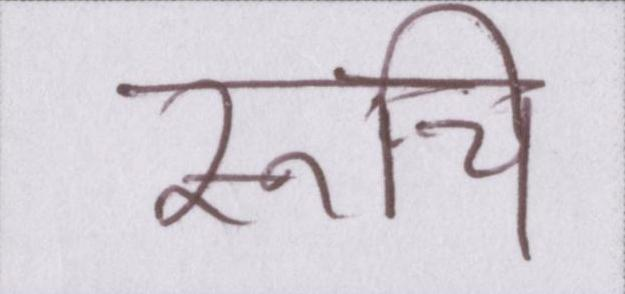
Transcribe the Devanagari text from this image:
रूचि